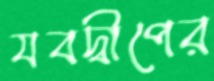
যবদ্বীপের